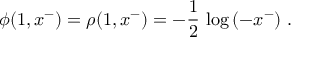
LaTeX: \phi ( 1 , x ^ { - } ) = \rho ( 1 , x ^ { - } ) = - { \frac { 1 } { 2 } } \, \log \, ( - x ^ { - } ) ~ .